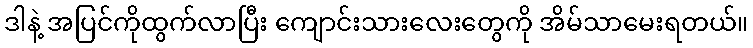
ဒါနဲ့ အပြင်ကိုထွက်လာပြီး ကျောင်းသားလေးတွေကို အိမ်သာမေးရတယ်။